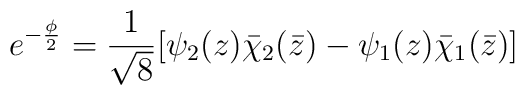
e^{-\frac{\phi}{2}}=\frac{1}{\sqrt{8}}[\psi_2(z)\bar\chi_2(\bar z) -\psi_1(z)\bar \chi_1(\bar z)]